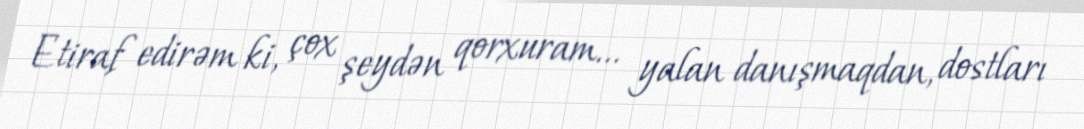
Etiraf edirəm ki, çox şeydən qorxuram... yalan danışmaqdan, dostları